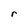
Character: r